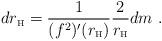
LaTeX: \begin{align*}dr_{\mbox{\tiny H}} = \frac{1}{(f^2)'(r_{\mbox{\tiny H}})} \frac{2}{r_{\mbox{\tiny H}}} dm \ .\end{align*}